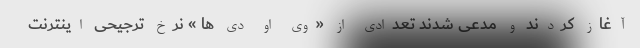
آغاز کردند و مدعی شدند تعدادی از «وی او دی ها » نرخ ترجیحی اینترنت